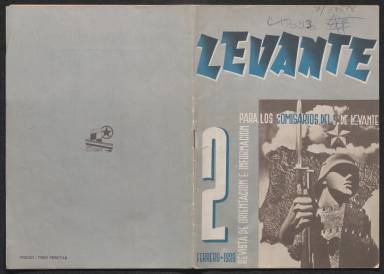
Título: Levante (Valencia. 1939)
Colección: Guerra civil
Ámbito geográfico: Valencia
Lugar de publicación: Valencia
Fechas: 02/02/1939-02/02/1939